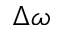
\Delta \omega